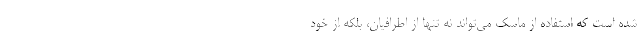
شده است که استفاده از ماسک می‌تواند نه تنها از اطرافیان، بلکه از خود